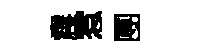
震惹圑